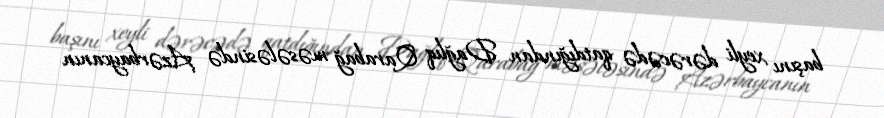
başını xeyli dərəcədə qatdığından Dağlıq Qarabağ məsələsində Azərbaycanın